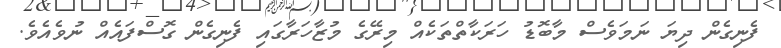
ފެނިގެން ދިޔަ ނަމަވެސް މާބޮޑު ހަރަކާތްތަކެއް މިރޭގެ މުޒާހަރާގައި ފެނިގެން ގޮސްފައެއް ނުވެއެވެ.